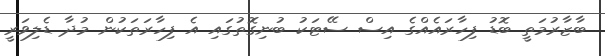
ބާޒާރުމަތީ ބޮޑު ފިހާރައެއްގެ އިސް ސޭޓަކު ބުނިގޮތުގައި އެ ފިހާރަތަކުން މުދާ ޑެލިވަރީ